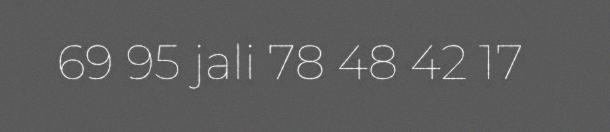
69 95 jali 78 48 42 17